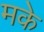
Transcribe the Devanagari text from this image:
मके